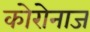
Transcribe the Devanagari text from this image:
कोरोनाज